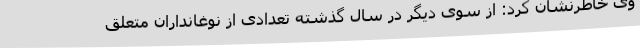
وی خاطرنشان کرد: از سوی دیگر در سال گذشته تعدادی از نوغانداران متعلق